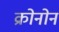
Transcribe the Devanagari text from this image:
क्रोनोन